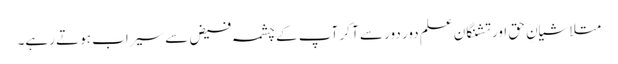
متلاشیانِ حق اور تشنگانِ علم دور دور سے آ کر آپ کے چشمہ فیض سے سیراب ہوتے رہے۔